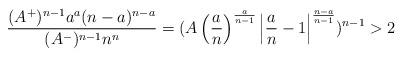
LaTeX: \begin{align*}\frac{(A^+)^{n-1}a^a(n-a)^{n-a}}{(A^-)^{n-1}n^n} = (A\left(\frac{a}{n}\right)^{\frac{a}{n-1}}\left| \frac{a}{n} - 1\right|^{\frac{n-a}{n-1}})^{n-1} >2 \end{align*}